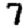
Digit: 7